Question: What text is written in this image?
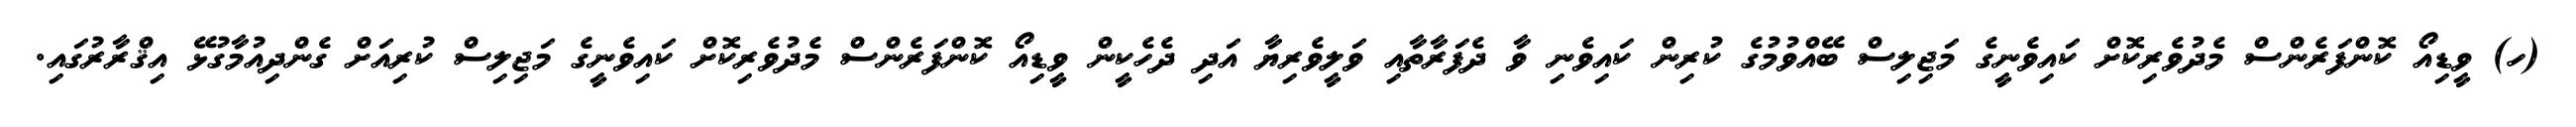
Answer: (ހ) ވީޑިއޯ ކޮންފަރެންސް މެދުވެރިކޮށް ކައިވެނީގެ މަޖިލިސް ބޭއްވުމުގެ ކުރިން ކައިވެނި ވާ ދެފަރާތާއި ވަލީވެރިޔާ އަދި ދެހެކީން ވީޑިއޯ ކޮންފަރެންސް މެދުވެރިކޮށް ކައިވެނީގެ މަޖިލިސް ކުރިއަށް ގެންދިއުމާގުޅޭ އިޤްރާރުގައި.